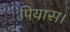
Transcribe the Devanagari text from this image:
पियास।